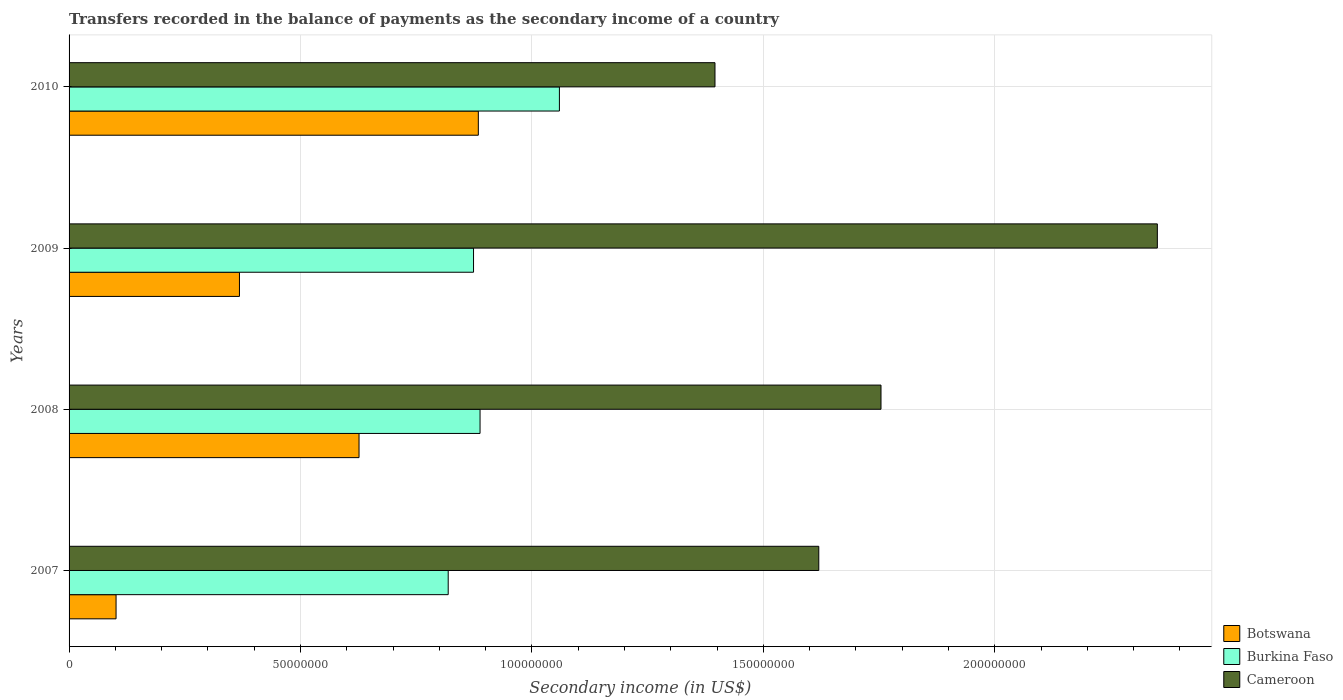
| Years | Botswana | Burkina Faso | Cameroon |
 | --- | --- | --- | --- |
 | 2007 | 1.02e+07 | 8.19e+07 | 1.62e+08 |
 | 2008 | 6.26e+07 | 8.88e+07 | 1.75e+08 |
 | 2009 | 3.68e+07 | 8.74e+07 | 2.35e+08 |
 | 2010 | 8.84e+07 | 1.06e+08 | 1.4e+08 |